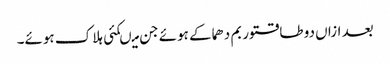
بعد ازاں دو طاقتور بم دھماکے ہوئے جن میںکئی ہلاک ہوئے۔